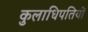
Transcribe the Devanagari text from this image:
कुलाधिपतियों